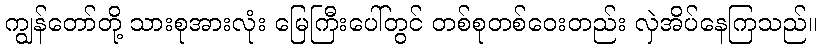
ကျွန်တော်တို့ သားစုအားလုံး မြေကြီးပေါ်တွင် တစ်စုတစ်ဝေးတည်း လှဲအိပ်နေကြသည်။